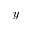
\boldsymbol y